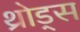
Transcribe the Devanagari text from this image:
थ्रोड्स